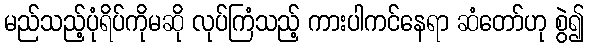
မည်သည့်ပုံရိပ်ကိုမဆို လုပ်ကြံသည့် ကားပါကင်နေရာ ဆံတော်ဟု စွဲ၍